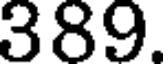
389.